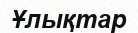
Ұлықтар